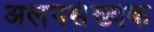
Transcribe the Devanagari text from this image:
अलपसंख्यक